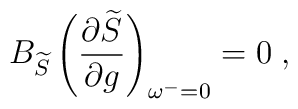
B_{\widetilde{S}}\left( \frac{\partial \widetilde{S}}{\partial g}\right)_{\omega ^{-}=0}=0\;,